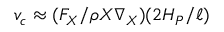
v _ { c } \approx ( F _ { X } / \rho X \nabla _ { X } ) ( 2 H _ { P } / \ell )